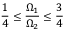
\frac { 1 } { 4 } \leq \frac { \Omega _ { 1 } } { \Omega _ { 2 } } \leq \frac { 3 } { 4 }